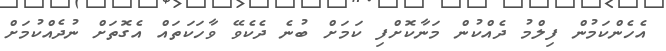
އެހެންކަމުން ފިލްމު ދެއްކުން މަނާކޮށްފި ކަމަށް ބުނެ ދެކެވޭ ވާހަކަތައް އެގޮތަށް ނުދެއްކުމަށް